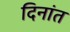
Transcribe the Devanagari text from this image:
दिनांत